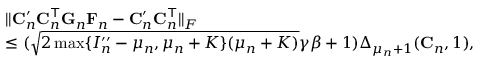
\begin{array} { r l } & { \| \mathbf { C } _ { n } ^ { \prime } \mathbf { C } _ { n } ^ { \top } \mathbf { G } _ { n } \mathbf { F } _ { n } - \mathbf { C } _ { n } ^ { \prime } \mathbf { C } _ { n } ^ { \top } \| _ { F } } \\ & { \leq ( \sqrt { 2 \operatorname* { m a x } \{ I _ { n } ^ { \prime \prime } - \mu _ { n } , \mu _ { n } + K \} ( \mu _ { n } + K ) } \gamma \beta + 1 ) \Delta _ { \mu _ { n } + 1 } ( \mathbf { C } _ { n } , 1 ) , } \end{array}